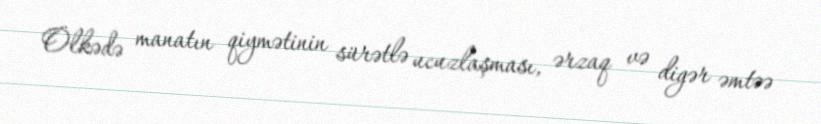
Ölkədə manatın qiymətinin sürətlə ucuzlaşması, ərzaq və digər əmtəə